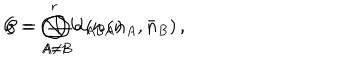
{ \cal G } = \bigotimes _ { A = 1 } ^ { r } U ( n _ { A } ) \hspace { 1 c m } ; \hspace { 1 c m } { \cal C } = \bigoplus _ { A \neq B } a _ { A B } ( { \bf n } _ { A } , \bar { \bf n } _ { B } ) \, ,